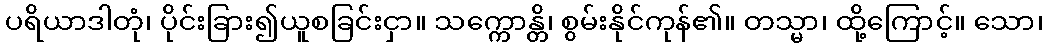
ပရိယာဒါတုံ၊ ပိုင်းခြား၍ယူစခြင်းငှာ။ သက္ကောန္တိ၊ စွမ်းနိုင်ကုန်၏။ တသ္မာ၊ ထို့ကြောင့်။ သော၊